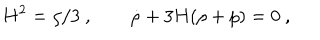
LaTeX: H ^ { 2 } = \rho / 3 \ , ~ ~ \dot { \rho } + 3 H ( \rho + p ) = 0 \ ,